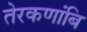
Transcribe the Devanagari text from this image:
तेरकणांबि